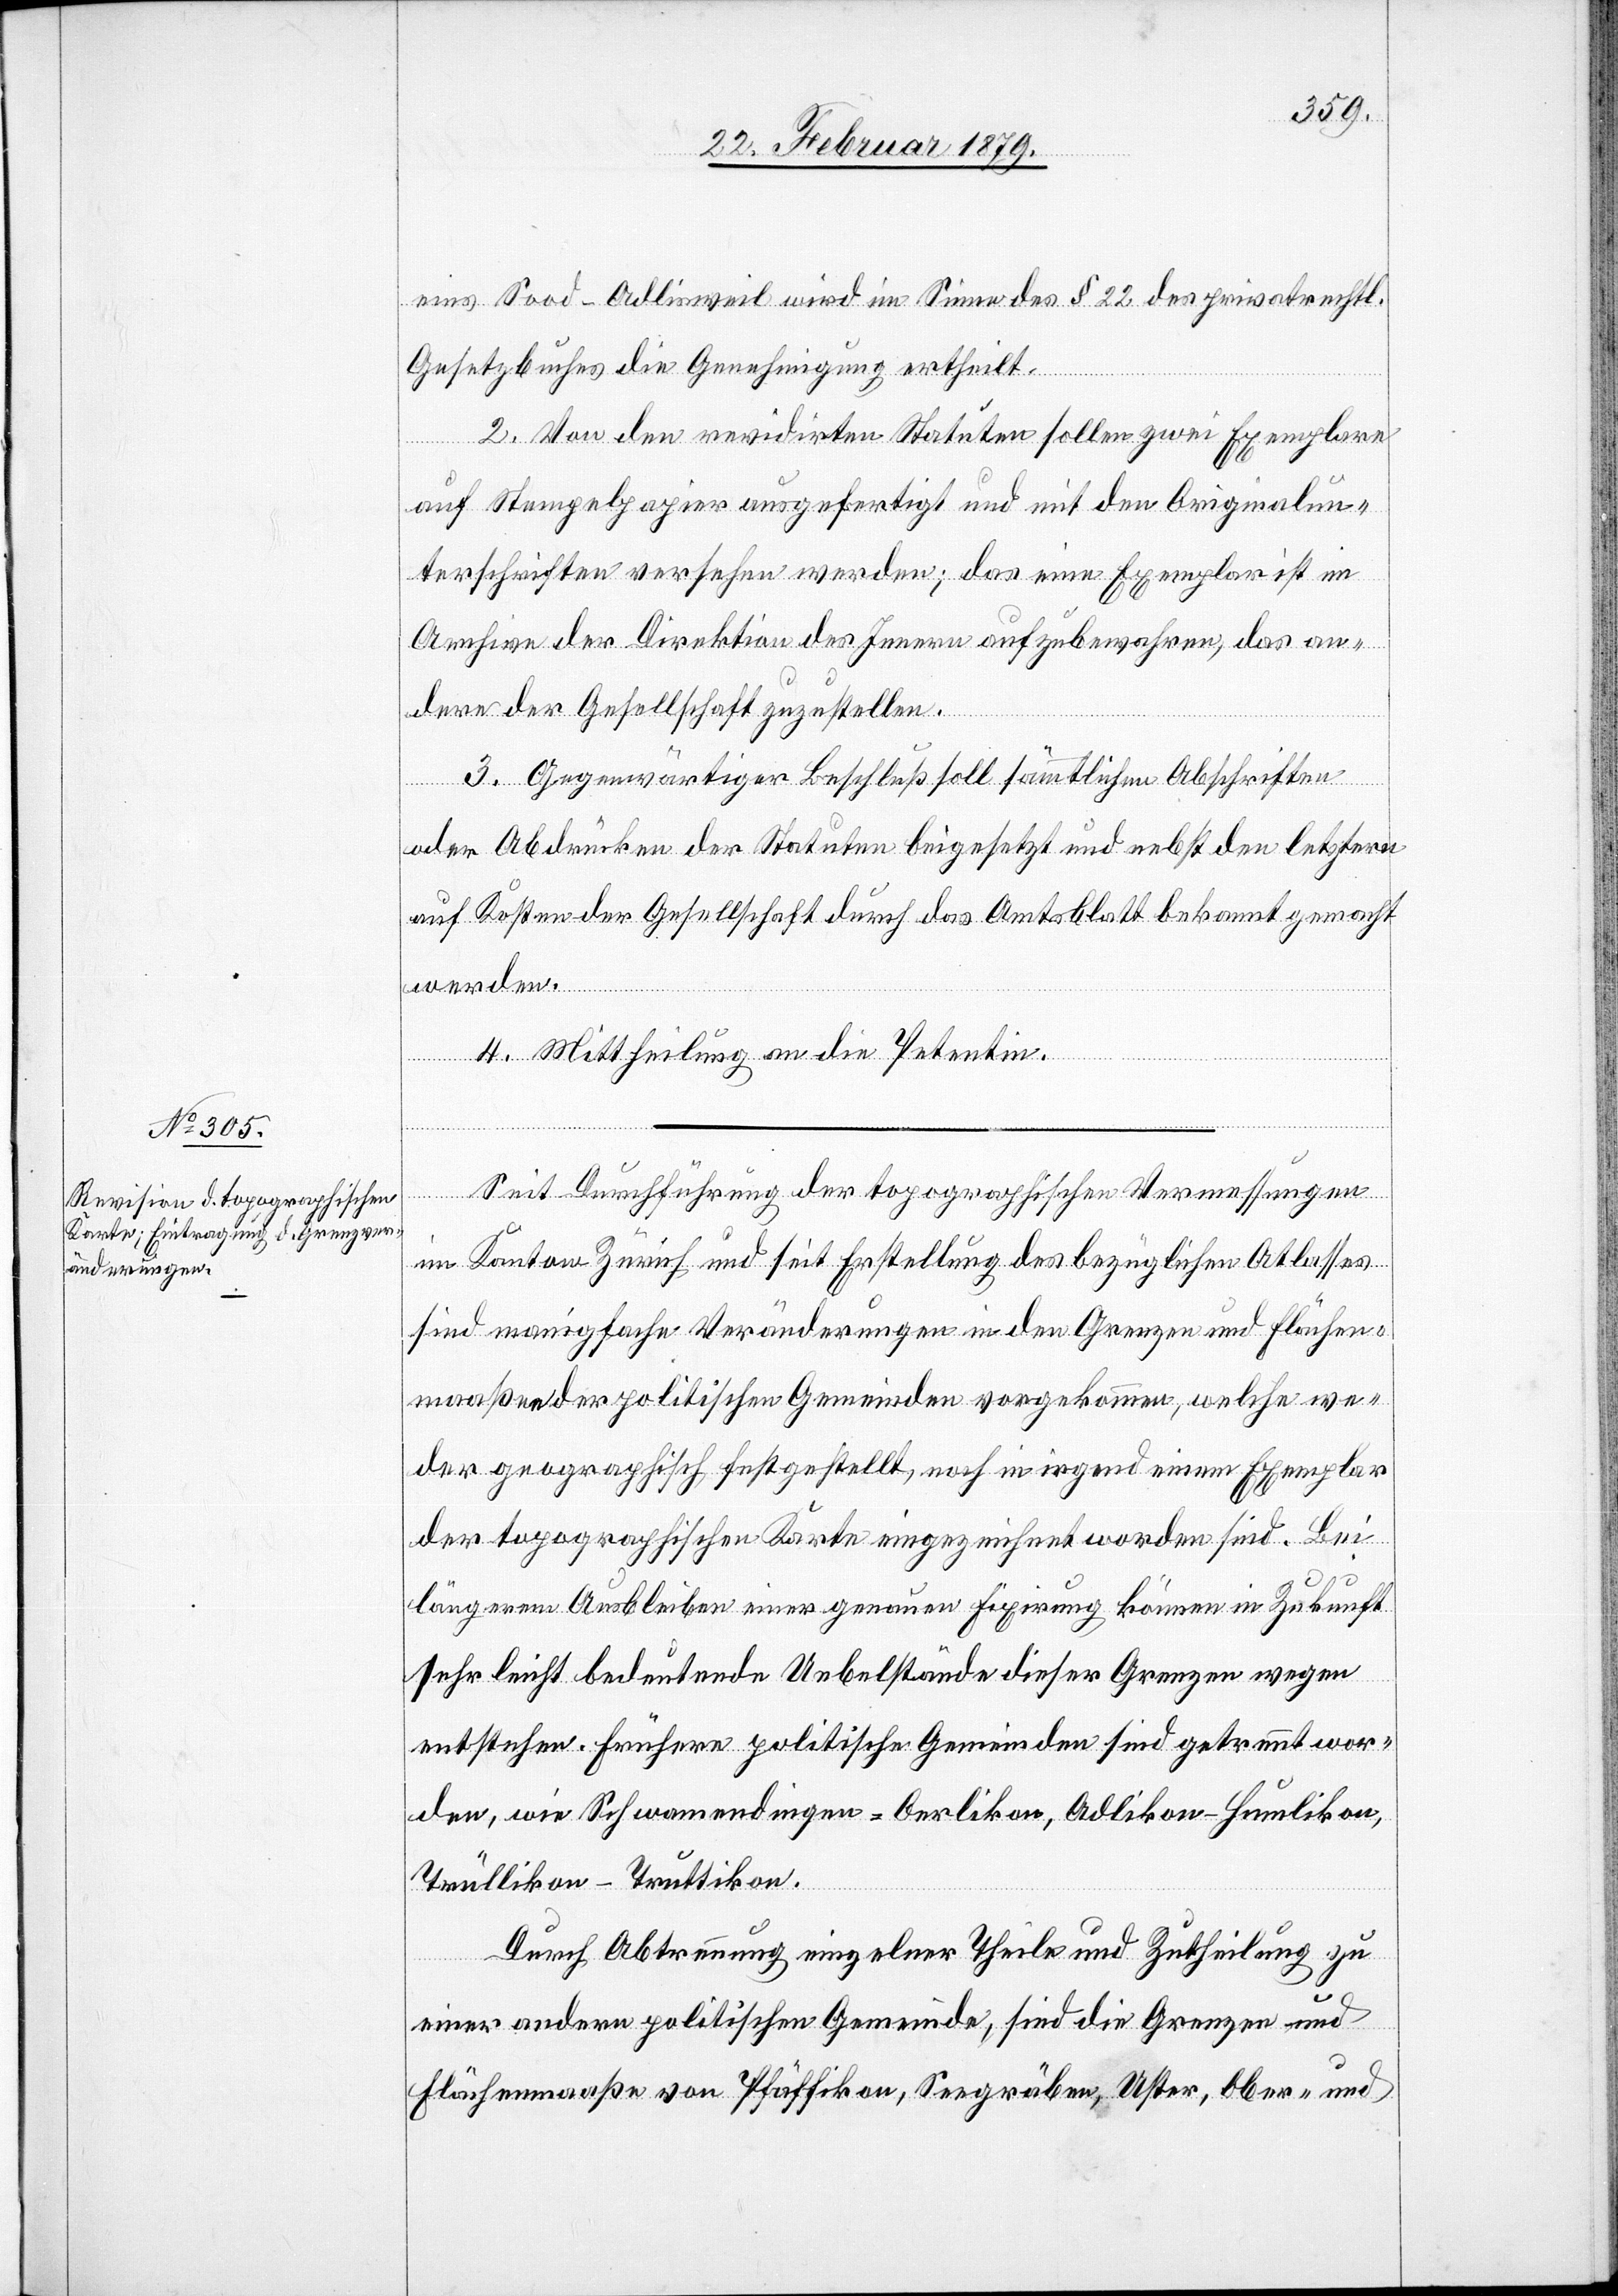
eins Sood – Adlisweil wird im Sinne des § 22 des privatrechtl.
Gesetzbuches die Genehmigung ertheilt.
2. Von den revidirten Statuten sollen zwei Exemplare
auf Stempelpapier ausgefertitgt und mit den Originalun¬
terschriften versehen werden; das eine Exemplar ist im
Archive der Direktion des Innern aufzubewahren, das an¬
dere der Gesellschaft zuzustellen.
3. Gegenwärtiger Beschluß soll sämmtlichen Abschriften
oder Abdrücken der Statuten beigesetzt und nebst den leztern
auf Kosten der Gesellschaft durch das Amtsblatt bekannt gemacht
werden.
4. Mittheilung an die Petentin.
Seit Durchführung der topographischen Vermessungen
im Kanton Zürich und seit Erstellung des bezügliches Atlasses
sind manigfache [sic!] Veränderungen in den Grenzen und Flächen¬
maaßen der politischen Gemeinden vorgekommen, welche we¬
der geographisch festgestellt, noch in irgend einem Exemplar
der topographischen Karte eingezeichnet worden sind. Bei
längerem Ausbleiben einer genauen Fixirung können in Zukunft
sehr leicht bedeutende Uebelstände dieser Grenzen wegen
entstehen. Frühere politische Gemeinden sind getrennt wor¬
den, wie Schwamendingen-Oerlikon, Adlikon-Humlikon,
Trüllikon-Truttikon.
Durch Abtrennung einzelner Theile und Zutheilung zu
einer andern politischen Gemeinde, sind die Grenzen und
Flächenmaaße von Pfäffikon, Seegräben, Uster, Ober- und